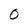
Character: 0